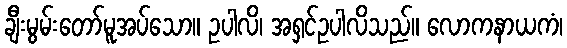
ချီးမွမ်းတော်မူအပ်သော။ ဥပါလိ၊ အရှင်ဥပါလိသည်။ လောကနာယကံ၊